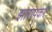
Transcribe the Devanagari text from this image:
झारापकर